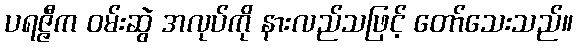
ပရဇ္ဇီက ဝမ်းဆွဲ အလုပ်ကို နားလည်သဖြင့် တော်သေးသည်။